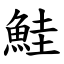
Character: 鮭